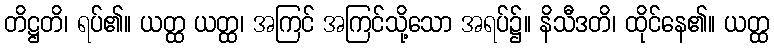
တိဋ္ဌတိ၊ ရပ်၏။ ယတ္ထ ယတ္ထ၊ အကြင် အကြင်သို့သော အရပ်၌။ နိသီဒတိ၊ ထိုင်နေ၏။ ယတ္ထ